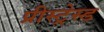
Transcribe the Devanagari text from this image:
प्रीस्ट्रेस्ड